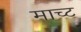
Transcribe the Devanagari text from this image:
माच्ट